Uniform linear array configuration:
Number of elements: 4
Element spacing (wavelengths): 0.25
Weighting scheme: cosine
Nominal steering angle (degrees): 60
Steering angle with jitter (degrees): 58.561
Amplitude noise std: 0.05
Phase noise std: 0.05

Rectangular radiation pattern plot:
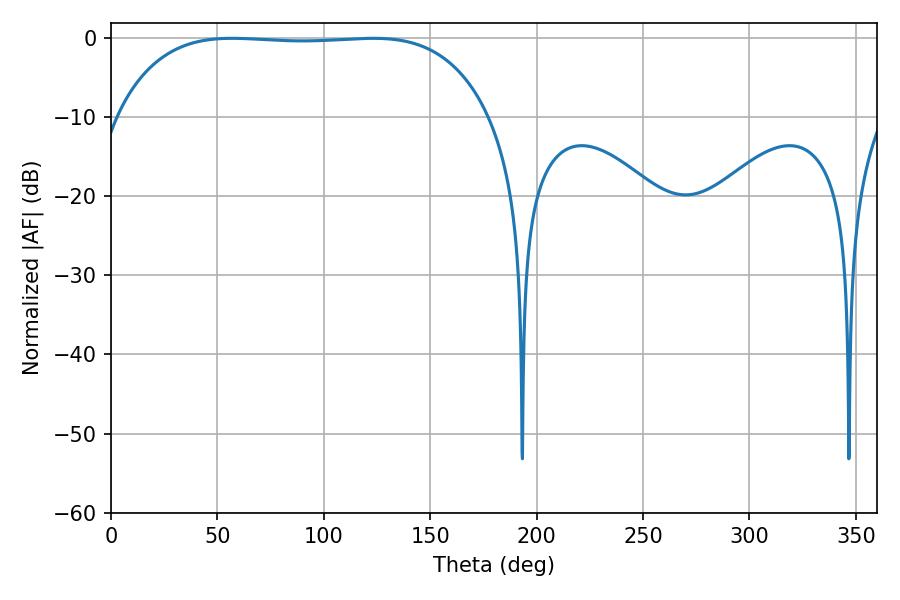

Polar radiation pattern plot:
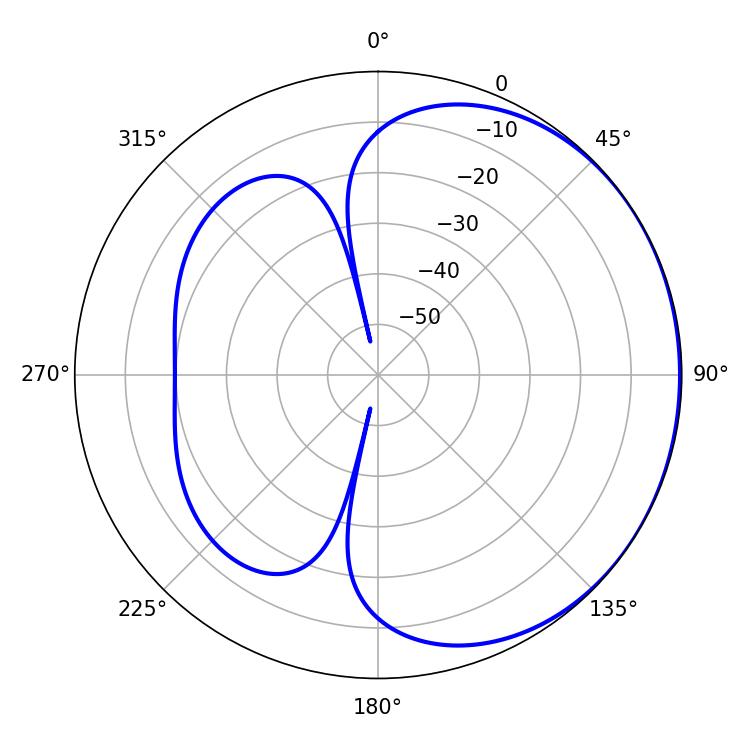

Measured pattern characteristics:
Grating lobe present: FALSE
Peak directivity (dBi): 0.6639
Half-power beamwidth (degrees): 137.16
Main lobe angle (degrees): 56.88